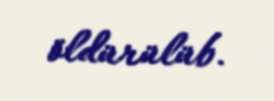
öldürülüb.